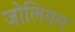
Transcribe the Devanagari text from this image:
जोलियम